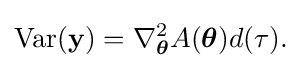
\operatorname {Var} (\mathbf {y} )=\nabla _{\boldsymbol {\theta }}^{2}A({\boldsymbol {\theta }})d(\tau ).\,\!